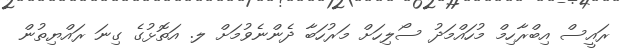
ރައީސް އިބްރާހިމް މުހައްމަދު ސޯލިހަށް މަރުހަބާ ދެންނެވުމަށް ލ. އަތޮޅުގެ ގިނަ ރައްޔިތުން